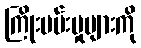
ကြိုးပမ်းမှုများကို